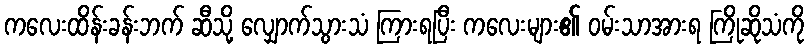
ကလေးထိန်းခန်းဘက် ဆီသို့ လျှောက်သွားသံ ကြားရပြီး ကလေးများ၏ ဝမ်းသာအားရ ကြိုဆိုသံကို